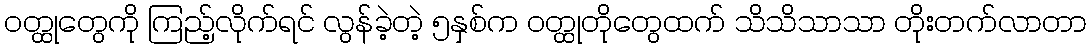
ဝတ္ထုတွေကို ကြည့်လိုက်ရင် လွန်ခဲ့တဲ့ ၅နှစ်က ဝတ္ထုတိုတွေထက် သိသိသာသာ တိုးတက်လာတာ